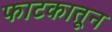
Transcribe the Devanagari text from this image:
फाटकातून